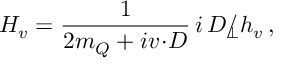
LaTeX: H _ { v } = { \frac { 1 } { 2 m _ { Q } + i v \! \cdot \! D } } \, i \, \rlap { \, / } D _ { \perp } h _ { v } \, ,